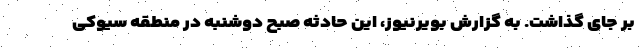
بر جای گذاشت. به گزارش بویرنیوز، این حادثه صبح دوشنبه در منطقه سیوکی